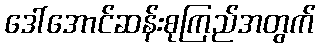
ဒေါ်အောင်ဆန်းစုကြည်အတွက်